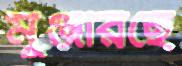
মুঞ্জরিছে